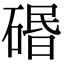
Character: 䃉